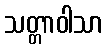
သတ္တာဝါသာ